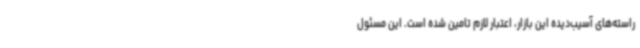
راسته‌های آسیب‌دیده این بازار، اعتبار لازم تامین ‌شده است. این مسئول